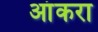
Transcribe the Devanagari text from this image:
आंकरा